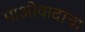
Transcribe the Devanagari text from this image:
माओवादाचा